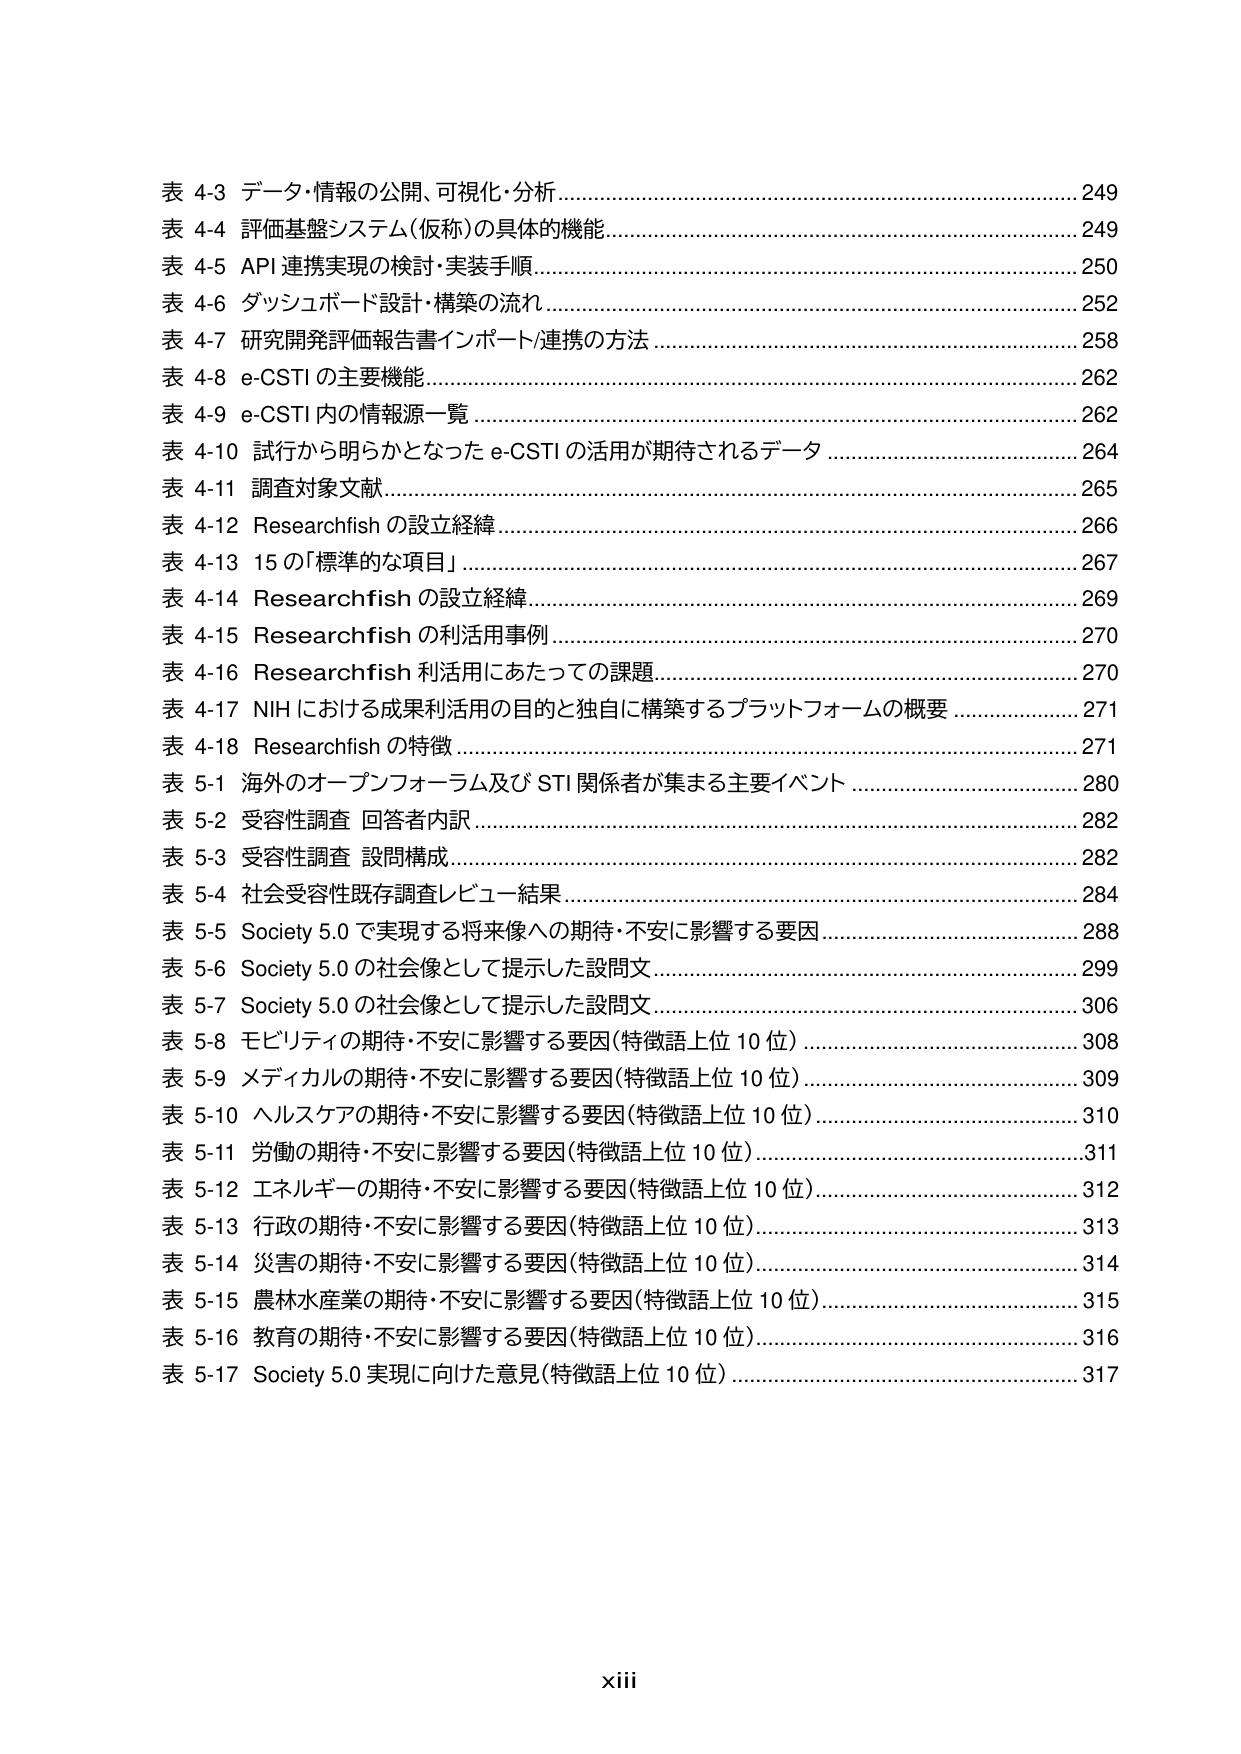
表 4-3 データ・情報の公開、可視化・分析 ……………………………………………………………… 249
表 4-4 評価基盤システム（仮称）の具体的機能 ……………………………………………………… 249
表 4-5 API 連携実現の検討・実装手順 ………………………………………………………………… 250
表 4-6 ダッシュボード設計・構築の流れ ……………………………………………………………… 252
表 4-7 研究開発評価報告書インポート/連携の方法 ………………………………………………… 258
表 4-8 e-CSTI の主要機能 ……………………………………………………………………………… 262
表 4-9 e-CSTI 内の情報源一覧 ………………………………………………………………………… 262
表 4-10 試行から明らかとなった e-CSTI の活用が期待されるデータ ……………………………… 264
表 4-11 調査対象文献 …………………………………………………………………………………… 265
表 4-12 Researchfish の設立経緯 ……………………………………………………………………… 266
表 4-13 15 の「標準的な項目」 ………………………………………………………………………… 267
表 4-14 Researchfish の設立経緯 ……………………………………………………………………… 269
表 4-15 Researchfish の利活用事例 …………………………………………………………………… 270
表 4-16 Researchfish 利活用にあたっての課題 ……………………………………………………… 270
表 4-17 NIH における成果利活用の目的と独自に構築するプラットフォームの概要 ……………… 271
表 4-18 Researchfish の特徴 …………………………………………………………………………… 271
表 5-1 海外のオープンフォーラム及び STI 関係者が集まる主要イベント ……………………… 280
表 5-2 受容性調査 回答者内訳 ………………………………………………………………………… 282
表 5-3 受容性調査 設問構成 …………………………………………………………………………… 282
表 5-4 社会受容性既存調査レビュー結果 ……………………………………………………………… 284
表 5-5 Society 5.0 で実現する将来像への期待・不安に影響する要因 …………………………… 288
表 5-6 Society 5.0 の社会像として提示した設問文 ………………………………………………… 299
表 5-7 Society 5.0 の社会像として提示した設問文 ………………………………………………… 306
表 5-8 モビリティの期待・不安に影響する要因（特徴語上位 10 位） …………………………… 308
表 5-9 メディカルの期待・不安に影響する要因（特徴語上位 10 位） …………………………… 309
表 5-10 ヘルスケアの期待・不安に影響する要因（特徴語上位 10 位） …………………………… 310
表 5-11 労働の期待・不安に影響する要因（特徴語上位 10 位） ………………………………… 311
表 5-12 エネルギーの期待・不安に影響する要因（特徴語上位 10 位） …………………………… 312
表 5-13 行政の期待・不安に影響する要因（特徴語上位 10 位） ………………………………… 313
表 5-14 災害の期待・不安に影響する要因（特徴語上位 10 位） ………………………………… 314
表 5-15 農林水産業の期待・不安に影響する要因（特徴語上位 10 位） …………………………… 315
表 5-16 教育の期待・不安に影響する要因（特徴語上位 10 位） ………………………………… 316
表 5-17 Society 5.0 実現に向けた意見（特徴語上位 10 位） ……………………………………… 317

xiii